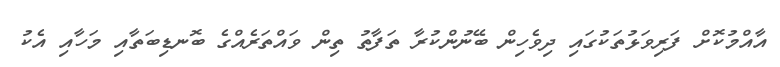
އާއްމުކޮށް ފަރިވަޅުތަކުގައި ދިވެހިން ބޭނުންކުރާ ތަފާތު ތިން ވައްތަރެއްގެ ބޮނޑިބަތާއި މަހާއި އެކު